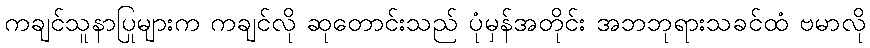
ကချင်သူနာပြုများက ကချင်လို ဆုတောင်းသည် ပုံမှန်အတိုင်း အဘဘုရားသခင်ထံ ဗမာလို